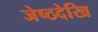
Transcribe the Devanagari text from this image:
जेष्ठदेखि